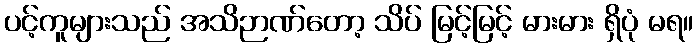
ပင့်ကူများသည် အသိဉာဏ်တော့ သိပ် မြင့်မြင့် မားမား ရှိပုံ မရ။